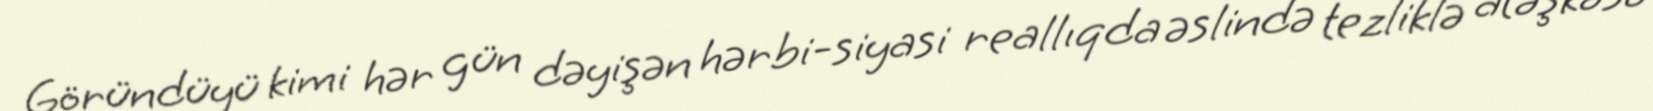
Göründüyü kimi hər gün dəyişən hərbi-siyasi reallıqda əslində tezliklə atəşkəsə